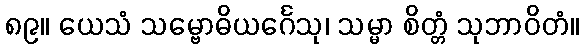
၈၉။ ယေသံ သမ္ဗောဓိယင်္ဂေသု၊ သမ္မာ စိတ္တံ သုဘာဝိတံ။